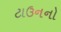
ટાઉનનો